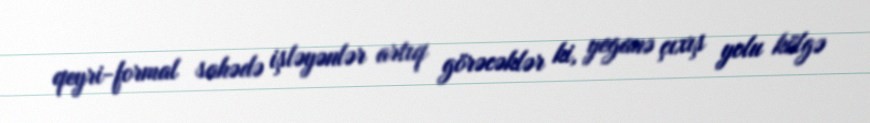
qeyri-formal sahədə işləyənlər artıq görəcəklər ki, yeganə çıxış yolu kölgə